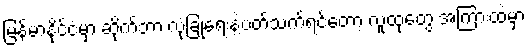
မြန်မာနိုင်ငံမှာ ဆိုက်ဘာ လုံခြုံရေးနဲ့ပတ်သက်ရင်တော့ လူထုတွေ အကြားထဲမှာ